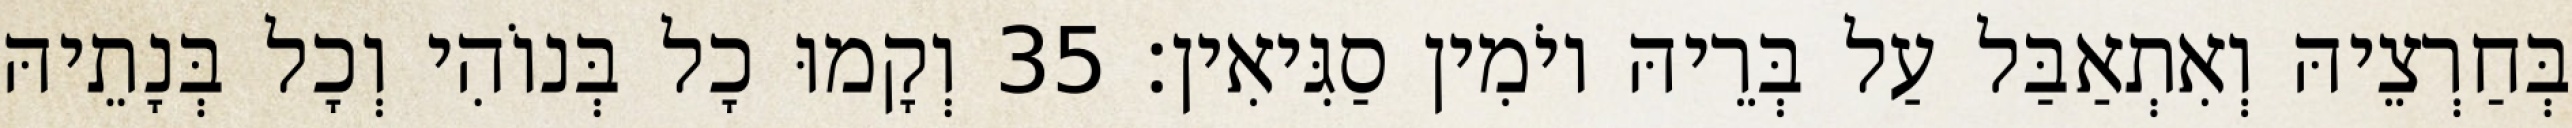
בְּחַרְצֵיהּ וְאִתְאַבַּל עַל בְּרֵיהּ יוֹמִין סַגִּיאִין׃ 35 וְקָמוּ כָל בְּנוֹהִי וְכָל בְּנָתֵיהּ